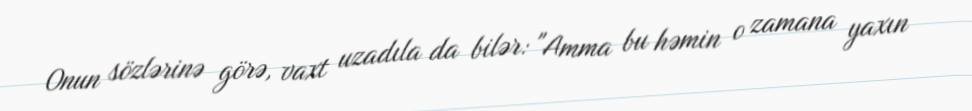
Onun sözlərinə görə, vaxt uzadıla da bilər: "Amma bu həmin o zamana yaxın